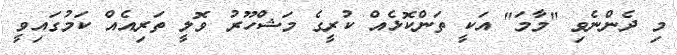
މި ދެންނެވި "މާމަ" އަކީ ތަންކޮޅެއް ކުރީގެ މަޝްހޫރު ވޮލީ ތަރިއެއް ކަމުގައިވީ